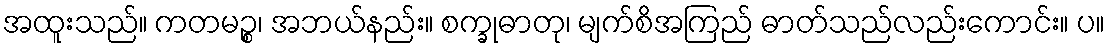
အထူးသည်။ ကတမဉ္စ၊ အဘယ်နည်း။ စက္ခုဓာတု၊ မျက်စိအကြည် ဓာတ်သည်လည်းကောင်း။ ပ။